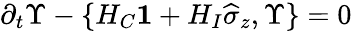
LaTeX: \partial_{t}\Upsilon-\{ H_{C}\boldsymbol{1}+H_{I}\widehat{\sigma}_{z},\Upsilon\} =0